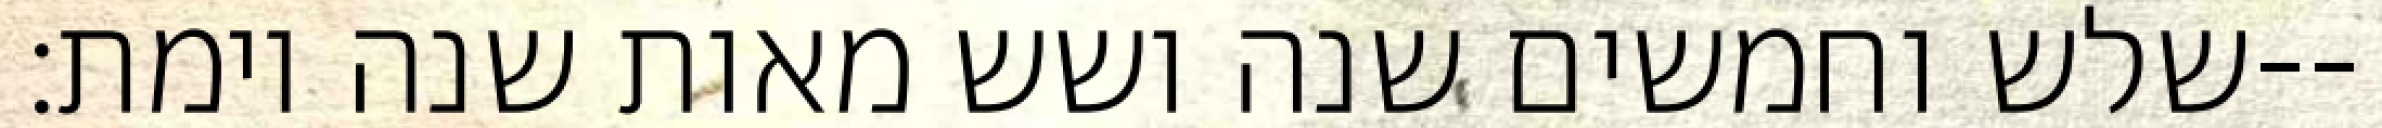
שלש וחמשים שנה ושש מאות שנה וימת׃--